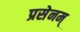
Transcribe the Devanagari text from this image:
प्रसेनम्‌